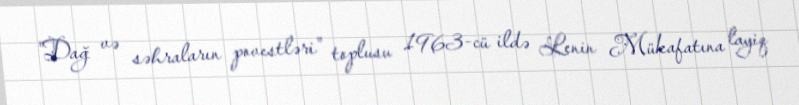
"Dağ və səhraların povestləri" toplusu 1963-cü ildə Lenin Mükafatına layiq